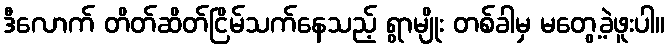
ဒီလောက် တိတ်ဆိတ်ငြိမ်သက်နေသည့် ရွာမျိုး တစ်ခါမှ မတွေ့ခဲ့ဖူးပါ။